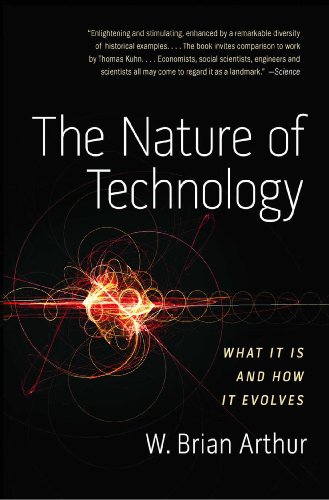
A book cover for The Nature of Technology: What It Is and How It Evolves; W. Brian Arthur; Computers & Technology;